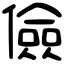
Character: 儉